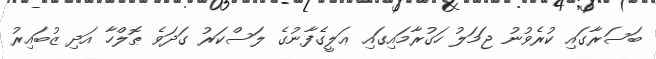
ބަސަރާގައި ކުރެވުނު ޖަމަލު ހަގުރާމައިގައި ޢަލީގެފާނުގެ ލަސްކަރު ގަދަވެ ޠޮލްހާ އަދި ޒުބައިރު